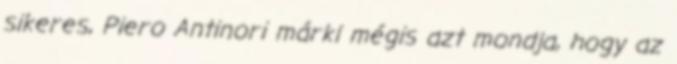
sikeres, Piero Antinori márki mégis azt mondja, hogy az